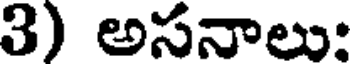
3) అసనాలుః